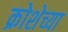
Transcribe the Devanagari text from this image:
क्रोशेच्या